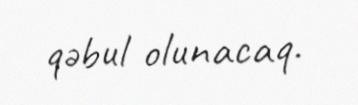
qəbul olunacaq.